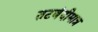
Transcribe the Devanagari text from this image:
तटबंदीमात्र